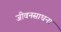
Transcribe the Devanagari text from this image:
जीवनसाधना